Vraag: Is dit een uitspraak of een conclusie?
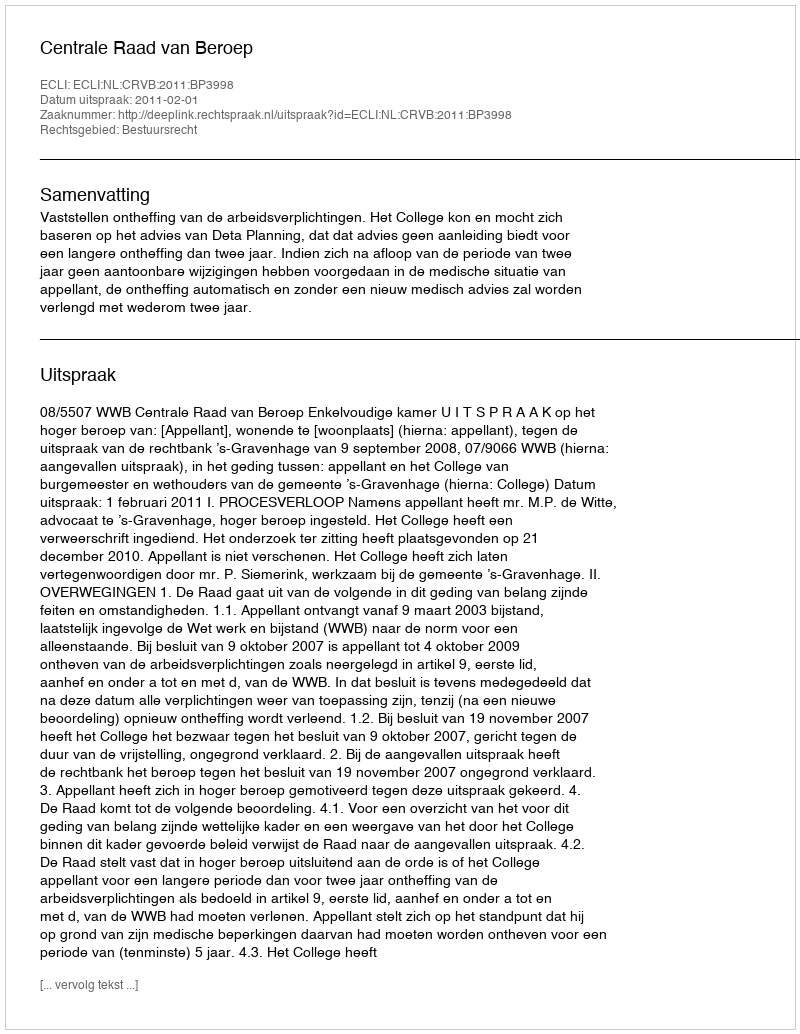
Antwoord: Uitspraak